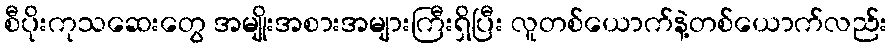
စီပိုးကုသဆေးတွေ အမျိုးအစားအများကြီးရှိပြီး လူတစ်ယောက်နဲ့တစ်ယောက်လည်း